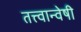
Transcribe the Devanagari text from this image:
तत्त्वान्वेषी